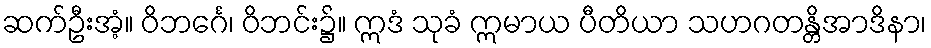
ဆက်ဦးအံ့။ ဝိဘင်္ဂေ၊ ဝိဘင်း၌။ ဣဒံ သုခံ ဣမာယ ပီတိယာ သဟဂတန္တိအာဒိနာ၊